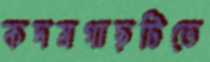
কদমগাছটিতে